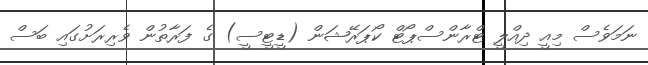
ނަމަވެސް މިއީ ދިއްލީ ޓްރާންސްޕޯޓް ކޯޕަރޭޝަން (ޑީޓީސީ) ގެ ފަރާތުން ވެރިރަށުގައި ބަސް